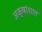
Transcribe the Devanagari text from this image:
अक्षांशात